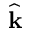
\widehat { \mathbf k }